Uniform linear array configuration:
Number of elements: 4
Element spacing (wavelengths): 0.25
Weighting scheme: exponential
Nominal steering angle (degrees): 0
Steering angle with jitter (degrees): -1.161
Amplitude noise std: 0.05
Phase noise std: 0.05

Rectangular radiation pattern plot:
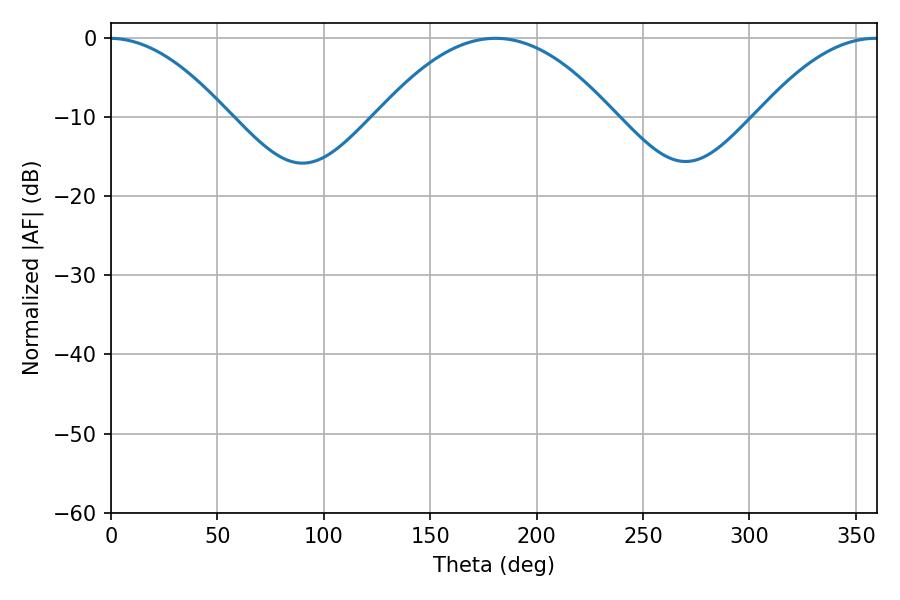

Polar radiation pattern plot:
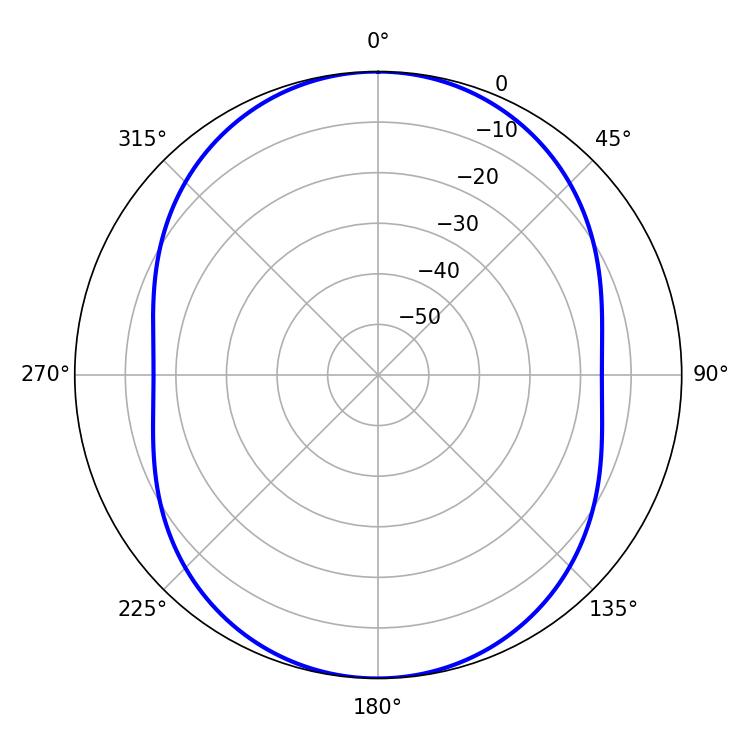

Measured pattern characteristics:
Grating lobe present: FALSE
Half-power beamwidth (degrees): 60.84
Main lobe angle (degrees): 180.72